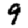
Digit: 9